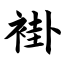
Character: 褂